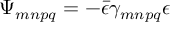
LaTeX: \Psi _ { m n p q } = - \bar { \epsilon } \gamma _ { m n p q } \epsilon